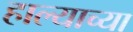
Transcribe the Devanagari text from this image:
हाल्याच्या